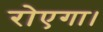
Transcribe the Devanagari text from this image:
रोएगा।